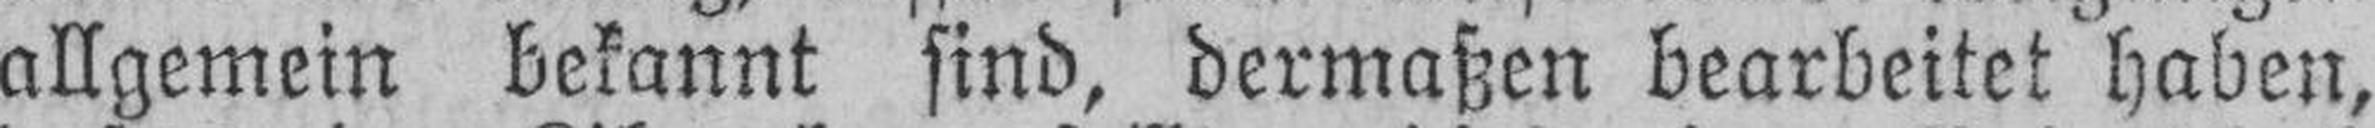
allgemein bekannt sind, dermaßen bearbeitet haben,